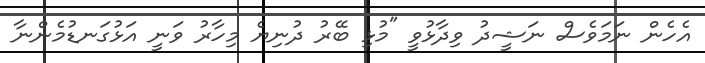
އެހެން ނަމަވެސް ނަޝީދު ވިދާޅުވީ "މުޅި ބޭރު ދުނިޔެ މިހާރު ވަނީ އަޅުގަނޑުމެންނާ